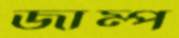
জাম্প